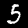
Label: 5